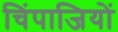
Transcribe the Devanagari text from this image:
चिंपाजियों